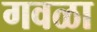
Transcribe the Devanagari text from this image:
गवळा